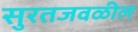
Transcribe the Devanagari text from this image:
सुरतजवळील